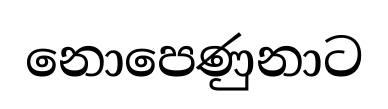
නොපෙණුනාට